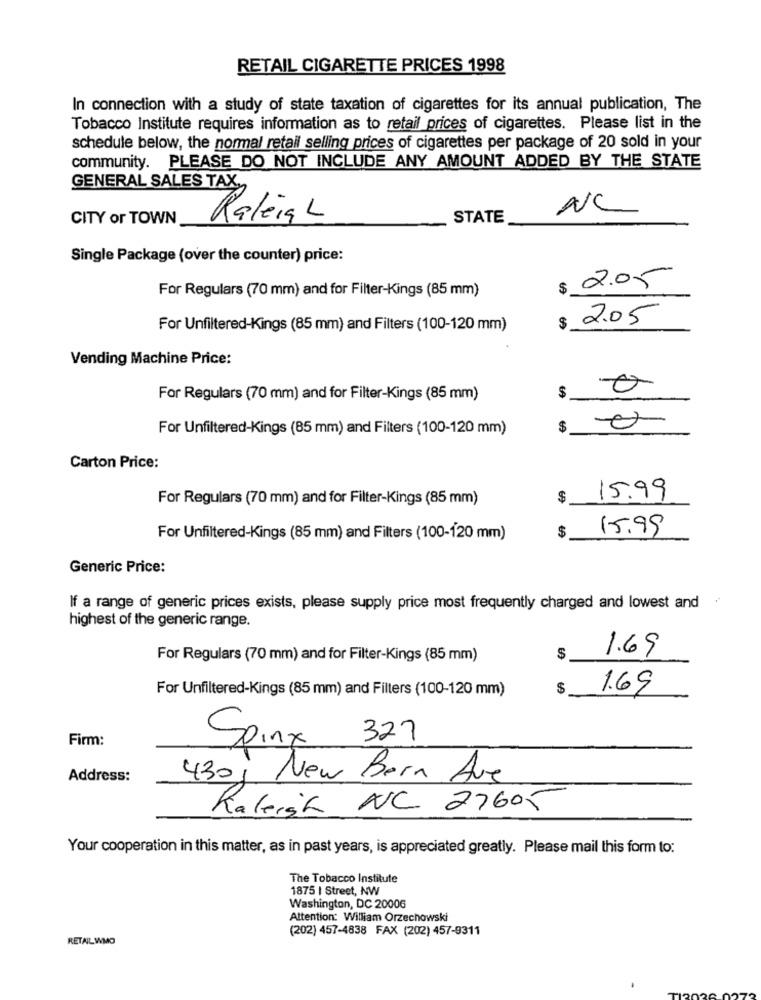
RETAIL CIGARETTE PRICES 1998
In connection with a study of state taxation of cigarettes for its annual publication, The
Tobacco Institute requires information as to retail prices of cigarettes. Please list in the
schedule below, the normal retail selling prices of cigarettes per package of 20 sold in your
community. PLEASE DO NOT INCLUDE ANY AMOUNT ADDED BY THE STATE
GENERAL SALES TAX,
NC
CITY or TOWN
Raleigh
STATE
Single Package (over the counter) price:
For Regulars (70 mm) and for Filter-Kings (85 mm)
$ 2.05
For Unfiltered-Kings (85 mm) and Filters (100-120 mm)
2.05
Vending Machine Price:
For Regulars (70 mm) and for Filter-Kings (85 mm)
$
For Unfiltered-Kings (85 mm) and Filters (100-120 mm)
$
Carton Price:
For Regulars (70 mm) and for Filter-Kings (85 mm)
$
15.99
$
15.99
For Unfiltered-Kings (85 mm) and Filters (100-120 mm)
Generic Price:
If a range of generic prices exists, please supply price most frequently charged and lowest and
highest of the generic range.
1.69
For Regulars (70 mm) and for Filter-Kings (85 mm)
$
For Unfiltered-Kings (85 mm) and Filters (100-120 mm)
$
1.69
Firm:
Spinx 327
Address:
430 New Bern Ave
Raleigh NC 27605
Your cooperation in this matter, as in past years, is appreciated greatly. Please mail this form to:
The Tobacco Institute
1875 | Street, NW
Washington, DC 20006
Attention: William Orzechowski
(202) 457-4838 FAX (202) 457-9311
RETAIL WMO